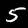
Digit: 5